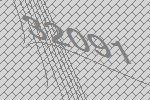
32091